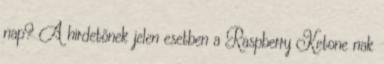
nap? A hirdetőnek jelen esetben a Raspberry Ketone nak